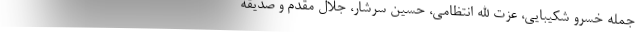
جمله خسرو شکیبایی، عزت الله انتظامی، حسین سرشار، جلال مقدم و صدیقه